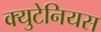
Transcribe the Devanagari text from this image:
क्युटेनियस